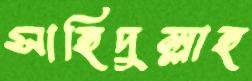
সাহিদুল্লাহ